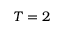
T = 2